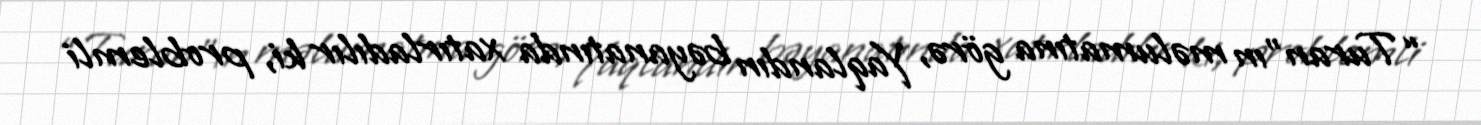
“Turan”ın məlumatına görə, Yaqlandın bəyanatında xatırladılır ki, problemli